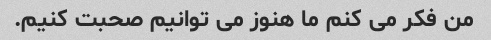
من فکر می کنم ما هنوز می توانیم صحبت کنیم.